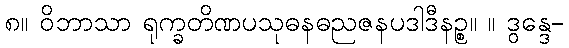
၈။ ဝိဘာသာ ရုက္ခတိဏပသုဓနဓညဇနပဒါဒီနဉ္စ။ ။ ဒွန္ဒေ-